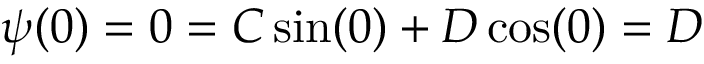
\psi ( 0 ) = 0 = C \sin ( 0 ) + D \cos ( 0 ) = D